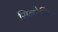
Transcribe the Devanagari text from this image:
सिनरेरिया